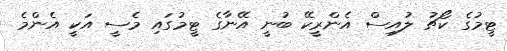
ޓީމުގެ ކޯޗު ލުއިސް އެންރީކޭ ބުނީ އޭނާގެ ޓީމުގައި މެސީ އަކީ އެންމެ